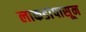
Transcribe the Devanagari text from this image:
लाकडांपासून